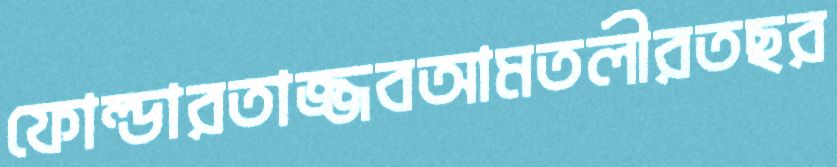
ফোল্ডারতাজ্জবআমতলীরতছর